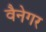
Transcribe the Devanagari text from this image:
वैनेगर